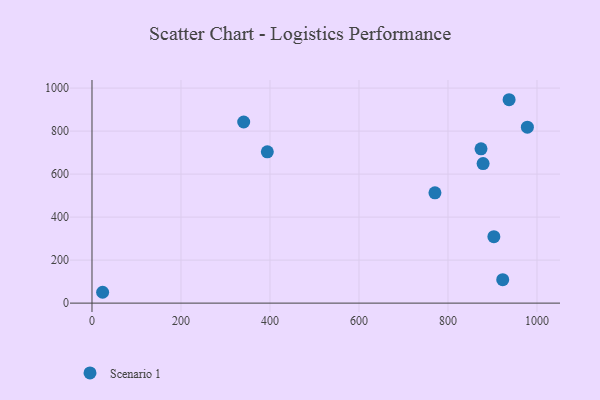
{"axis": {"x": "Study Hours", "y": "Demand"}, "legend": ["Scenario 1"], "data": [{"x": "878.9", "y": 649.1, "type": "Scenario 1"}, {"x": "923.0", "y": 109.2, "type": "Scenario 1"}, {"x": "903.1", "y": 309.1, "type": "Scenario 1"}, {"x": "937.3", "y": 945.9, "type": "Scenario 1"}, {"x": "23.9", "y": 50.4, "type": "Scenario 1"}, {"x": "770.7", "y": 513.0, "type": "Scenario 1"}, {"x": "394.0", "y": 703.4, "type": "Scenario 1"}, {"x": "874.2", "y": 717.6, "type": "Scenario 1"}, {"x": "978.4", "y": 818.4, "type": "Scenario 1"}, {"x": "340.9", "y": 842.4, "type": "Scenario 1"}]}